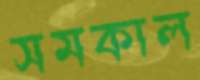
সমকাল